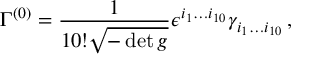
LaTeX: \Gamma ^ { ( 0 ) } = { \frac { 1 } { 1 0 ! \sqrt { - \operatorname * { d e t } g } } } \epsilon ^ { i _ { 1 } \ldots i _ { 1 0 } } \gamma _ { i _ { 1 } \ldots i _ { 1 0 } } \, ,